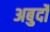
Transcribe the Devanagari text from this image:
अबुर्दों